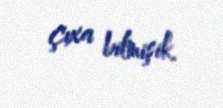
çıxa bilmişik.